Leaving Certificate Examination (including Day School Certificate (Higher) General paper), 1934
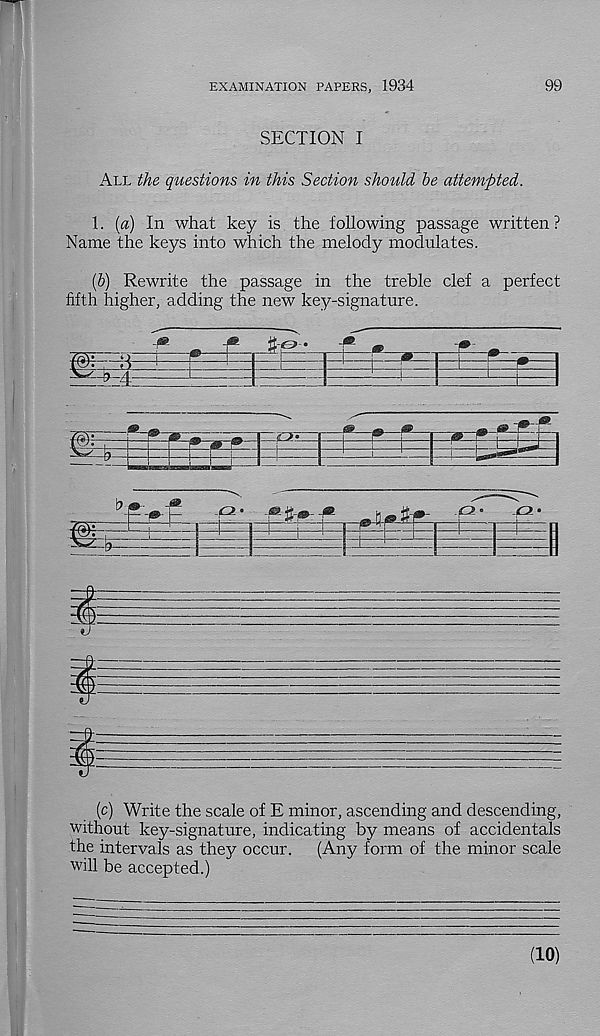
EXAMINATION PAPERS, 1934
99
SECTION I
All the questions in this Section should be attempted.
1. [a) In what key is the following passage written ?
Name the keys into which the melody modulates.
(b) Rewrite the passage in the treble clef a perfect
fifth higher, adding the new key-signature.
(c) Write the scale of E minor, ascending and descending,
without key-signature, indicating by means of accidentals
the intervals as they occur.
(Any form of the minor scale
will be accepted.)
(10)